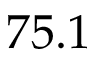
7 5 . 1